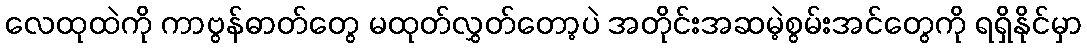
လေထုထဲကို ကာဗွန်ဓာတ်တွေ မထုတ်လွှတ်တော့ပဲ အတိုင်းအဆမဲ့စွမ်းအင်တွေကို ရရှိနိုင်မှာ